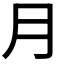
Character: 月